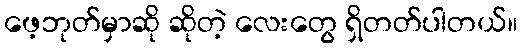
ဖေ့ဘုတ်မှာဆို ဆိုတဲ့ လေးတွေ ရှိတတ်ပါတယ်။